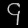
Digit: ၄